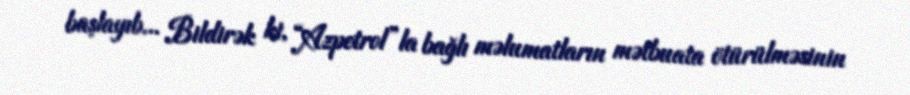
başlayıb... Bildirək ki, “Azpetrol”la bağlı məlumatların mətbuata ötürülməsinin